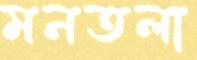
মনতলা